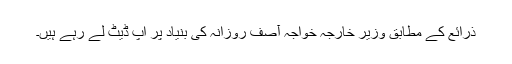
ذرائع کے مطابق وزیر خارجہ خواجہ آصف روزانہ کی بنیاد پر اپ ڈیٹ لے رہے ہیں۔